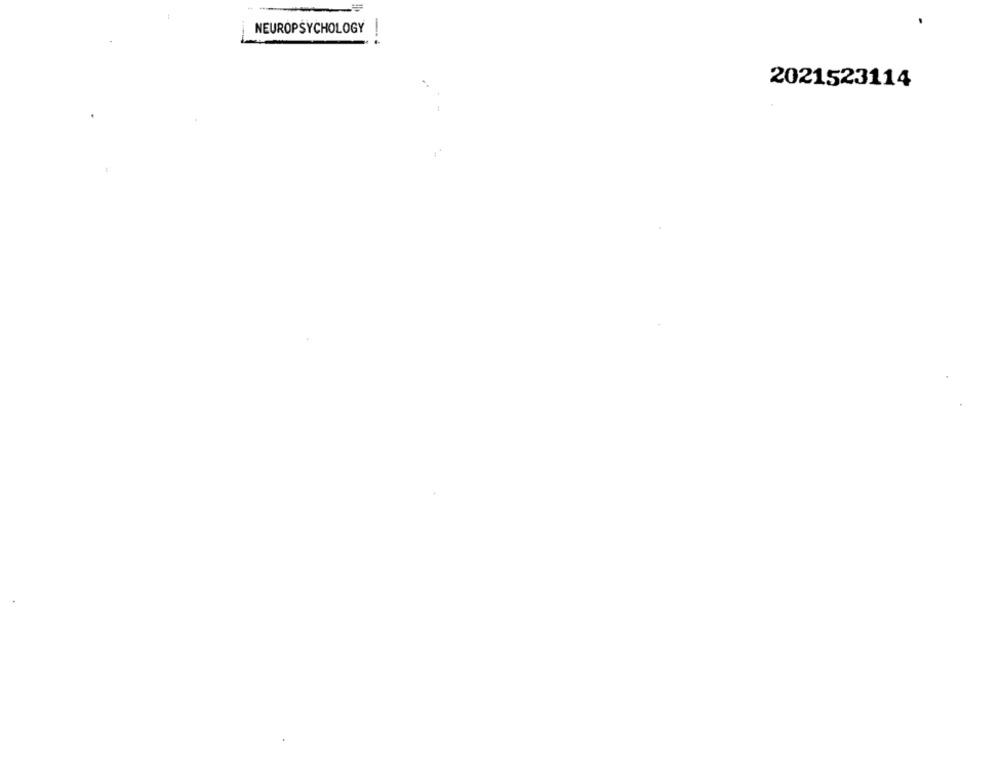
NEUROPSYCHOLOGY
-- .
2021523114